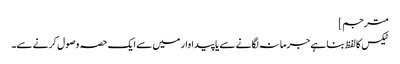
مترجم]
ٹیکس کا لفظ بنا ہے جرمانہ لگانے سے یا پیداوار میں سے ایک حصہ وصول کرنے سے۔